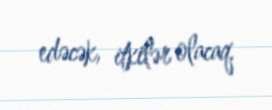
edəcək, itkilər olacaq.